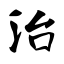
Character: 治